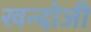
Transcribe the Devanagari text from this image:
खन्दोजी